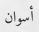
أسوان